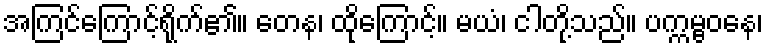
အကြင်ကြောင့်ရိုက်၏။ တေန၊ ထိုကြောင့်။ မယံ၊ ငါတို့သည်။ ပက္ကမ္ဗဝနေ၊